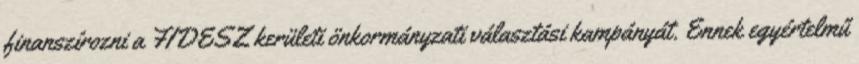
finanszírozni a FIDESZ kerületi önkormányzati választási kampányát. Ennek egyértelmű